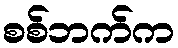
စစ်ဘက်က